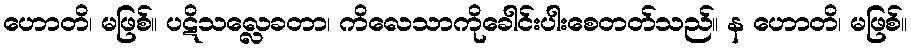
ဟောတိ၊ မဖြစ်။ ပဋိသလ္လေခတာ၊ ကိလေသာကိုခေါင်းပါးစေတတ်သည်။ န ဟောတိ၊ မဖြစ်။